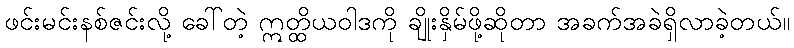
ဖင်းမင်းနစ်ဇင်းလို့ ခေါ်တဲ့ ဣတ္ထိယဝါဒကို ချိုးနှိမ်ဖို့ဆိုတာ အခက်အခဲရှိလာခဲ့တယ်။